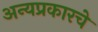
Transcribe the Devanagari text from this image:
अन्यप्रकारचे